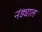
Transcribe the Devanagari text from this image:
नंड्याल